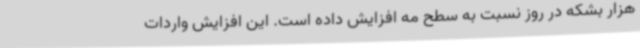
هزار بشکه در روز نسبت به سطح مه افزایش داده است. این افزایش واردات